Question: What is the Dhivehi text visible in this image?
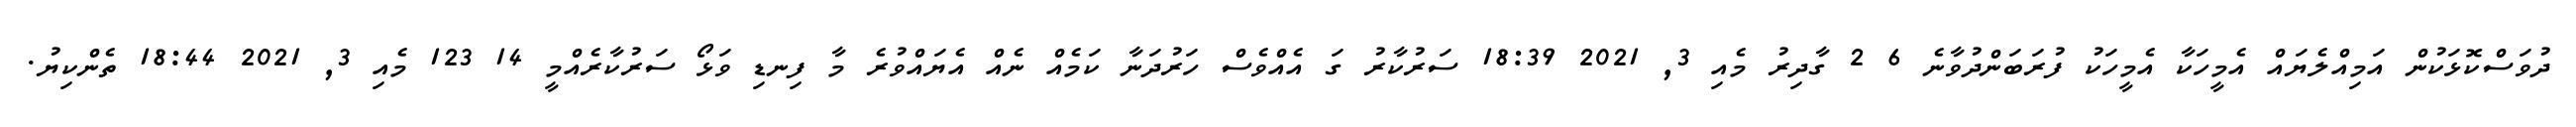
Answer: ދުވަސްކޮޅަކުން އަމިއްލެޔައް އެމީހަކާ އެމީހަކު ފުރަބަންދުވާނެ 6 2 ގާދިރު މެއި 3, 2021 18:39 ސަރުކާރު ގަ އެއްވެސް ހަރުދަނާ ކަމެއް ނެއް އެޔައްވުރެ މާ ފިނޑި ވަޅޯ ސަރުކާރެއްމީ 14 123 މެއި 3, 2021 18:44 ތެންކިޔު.